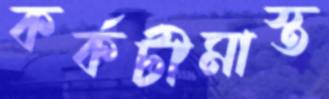
কর্কটীমাস্ত